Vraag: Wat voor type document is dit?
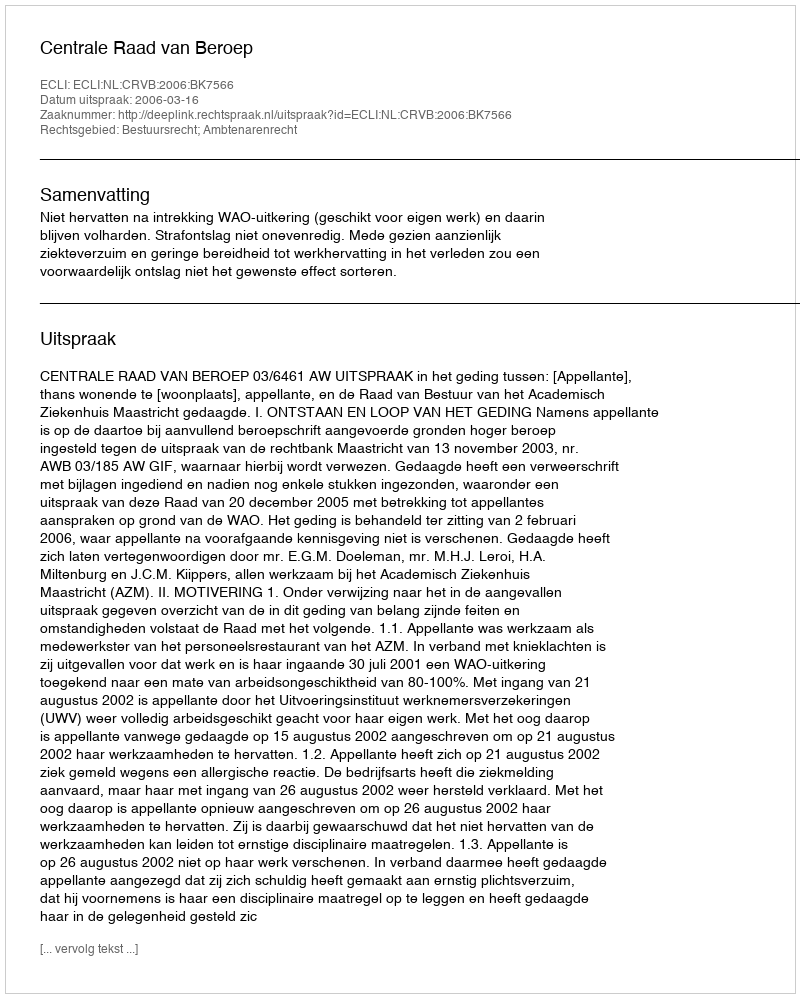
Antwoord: Uitspraak